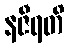
နဇီရတိ